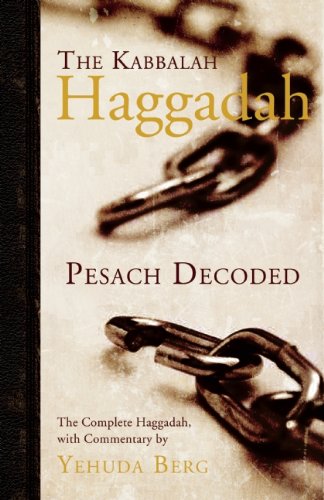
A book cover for The Kabbalah Haggadah: Pesach Decoded; Yehuda Berg; Religion & Spirituality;